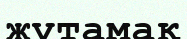
жұтамақ